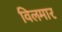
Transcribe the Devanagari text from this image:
विलमार